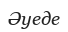
Әуеде